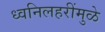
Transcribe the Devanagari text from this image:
ध्वनिलहरींमुळे